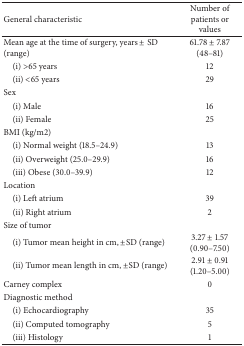
<table><thead><tr><td><b>General characteristic</b></td><td><b>Number of patients or values</b></td></tr></thead><tbody><tr><td>Mean age at the time of surgery, years ± SD (range)</td><td>61.78 ± 7.87 (48–81)</td></tr><tr><td> (i) &gt;65 years</td><td>12</td></tr><tr><td> (ii) &lt;65 years</td><td>29</td></tr><tr><td>Sex</td><td> </td></tr><tr><td> (i) Male</td><td>16</td></tr><tr><td> (ii) Female</td><td>25</td></tr><tr><td>BMI (kg/m2)</td><td> </td></tr><tr><td> (i) Normal weight (18.5–24.9)</td><td>13</td></tr><tr><td> (ii) Overweight (25.0–29.9)</td><td>16</td></tr><tr><td> (iii) Obese (30.0–39.9)</td><td>12</td></tr><tr><td>Location</td><td> </td></tr><tr><td> (i) Left atrium</td><td>39</td></tr><tr><td> (ii) Right atrium</td><td>2</td></tr><tr><td>Size of tumor</td><td> </td></tr><tr><td> (i) Tumor mean height in cm, ±SD (range)</td><td>3.27 ± 1.57 (0.90–7.50)</td></tr><tr><td> (ii) Tumor mean length in cm, ±SD (range)</td><td>2.91 ± 0.91 (1.20–5.00)</td></tr><tr><td>Carney complex</td><td>0</td></tr><tr><td>Diagnostic method</td><td> </td></tr><tr><td> (i) Echocardiography</td><td>35</td></tr><tr><td> (ii) Computed tomography</td><td>5</td></tr><tr><td> (iii) Histology</td><td>1</td></tr></tbody></table>